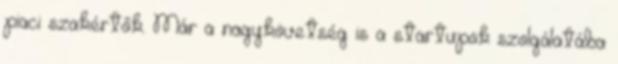
piaci szakértők. Már a nagykövetség is a startupok szolgálatába